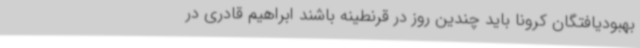
بهبودیافتگان کرونا باید چندین روز در قرنطینه باشند ابراهیم قادری در